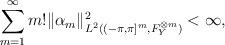
LaTeX: \begin{align*}\sum_{m=1}^\infty m!\|\alpha_m\|_{L^2((-\pi,\pi]^m,F_Y^{\otimes m})}^2 <\infty,\end{align*}